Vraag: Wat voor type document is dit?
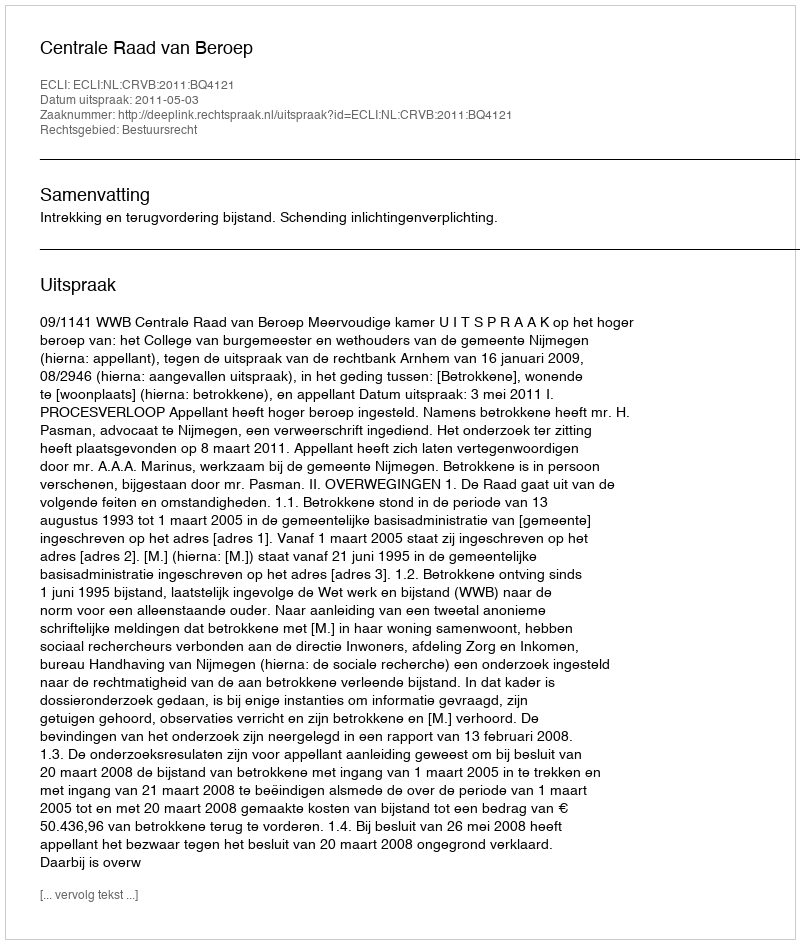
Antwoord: Uitspraak